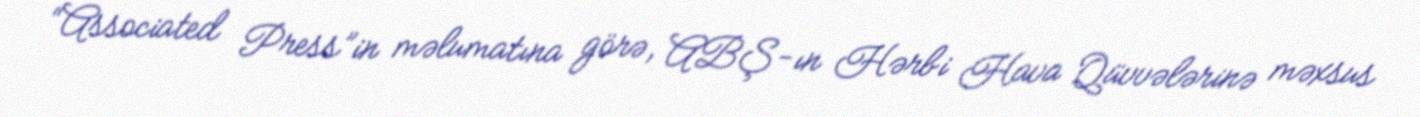
“Associated Press”in məlumatına görə, ABŞ-ın Hərbi Hava Qüvvələrinə məxsus